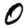
Digit: 0